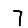
Digit: 7